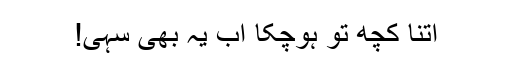
اتنا کچھ تو ہوچکا اب یہ بھی سہی!